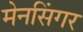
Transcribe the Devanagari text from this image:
मेनसिंगर